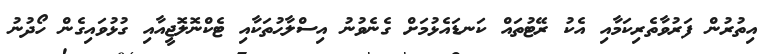
އިތުރުން ފަރުވާތެރިކަމާއި އެކު ރޭޓުތައް ކަނޑައެޅުމަށް ގެނެވުނު އިސްލާޙުތަކާއި ޓެކްނޮލޮޖީއާއި ގުޅުވައިގެން ހޯދުނު